Scientific memoirs by medical officers of the Army of India - Part VI,
Year: 1891
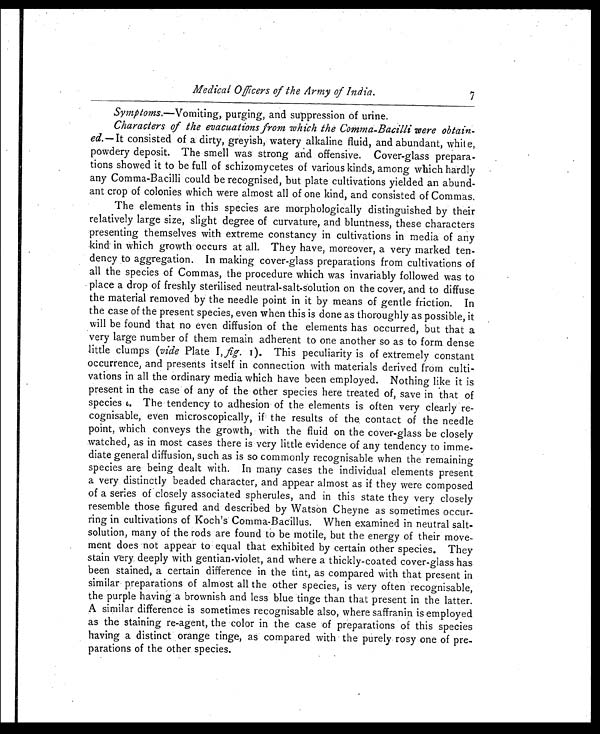
Medical Officers of the Army of India.
Symptoms.—Vomiting, purging, and suppression of urine.
Characters of the evacuations from which the Comma-Bacilli were obtain-
- e d . — I t c o n s i s t e d o f a d i r t y , g r e y i s h , w a t e r y a l k a l i n e f l u i d , a n d a b u n d a n t , w h i t e ,
powdery deposit. The smell was strong and offensive. Cover-glass prepara-
- t i o n s s h o w e d i tt
o b e f u l l o f s c h i z o m y c e t e s o f v a r i o u s k i n d s , a m o n g w h i c h h a r d l y
any Comma-Bacilli could be recognised, but plate cultivations yielded an abund
- a n t c r o p o f c o l o n i e s w h i c h w e r e a l m o s t a l l o f o n e k i n d , a n d c o n s i s t e d o f C o m m a s .
The elements in this species are morphologically distinguished by their
relatively large size, slight degree of curvature, and bluntness, these characters
presenting themselves with extreme constancy in cultivations in media of any
kind' in which growth occurs at all. They have, moreover, a very marked ten
- d e n c y t o a g g r e g a t i o n . I n m a k i n g c o v e r - g l a s s p r e p a r a t i o n s f r o m c u l t i v a t i o n s o f
all the species of Commas, the procedure which was invariably followed was to
place a drop of freshly sterilised neutral-salt-solution on the cover, and to diffuse
the material removed by the needle point in it by means of gentle friction. In
the case of the present species, even when this is done as thoroughly as possible, it
will be found that no even diffusion of the elements has occurred, but that a
very large number of them remain adherent to one another so as to form dense
little clumps (vide Plate I,fig. I). This peculiarity is of extremely constant
occurrence, and presents itself in connection with materials derived from culti
- v a t i o n s i n a l l t h e o r d i n a r y m e d i a w h i c hh
a v e
b e e n e m p l o y e d . N o t h i n g l i k e i t i s
present in the case of any of the other species here treated of, save in that of
species . The tendency to adhesion of the elements is often very clearly re
-cognisable, even microscopically, if the results of the contact of the needle
point, which conveys the growth, with the fluid on the cover-glass be closely
watched, as in most cases there is very little evidence of any tendency to imme
- d i a t e g e n e r a l d i f f u s i o n , s u c h a s i s s o c o m m o n l y r e c o g n i s a b l e w h e n t h e r e m a i n i n g
species are being dealt with. In many cases the individual elements present
a very distinctly beaded character, and appear almost as if they were composed
of a series of closely associated spherules, and in this state they very closely
resemble those figured and described by Watson Cheyne as sometimes occur
-
ring in cultivations of Koch's Comma-Bacillus. When examined in neutral salt-
solution, many of the rods are found to be motile, but the energy of their move
- m e n t d o e s n o t a p p e a r t o e q u a l t h a t e x h i b i t e d b y c e r t a i n o t h e r s p e c i e s . T h e y
stain very deeply with gentian-violet, and where a thickly-coated cover-glass has
been stained, a certain difference in the tint, as compared with that present in
similar preparations of almost all the other species, is very often recognisable,
the purple having a brownish and less blue tinge than that present in the latter.
A similar difference is sometimes recognisable also, where saffranin is employed
as the staining re-agent, the color in the case of preparations of this species
having a distinct orange tinge, as compared with the purely rosy one of pre--
parations of the other species.
7